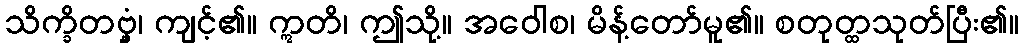
သိက္ခိတဗ္ဗှံ၊ ကျင့်၏။ ဣတိ၊ ဤသို့။ အဝေါစ၊ မိန့်တော်မူ၏။ စတုတ္ထသုတ်ပြီး၏။